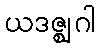
ယဒဇ္ဈဂါ